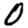
Digit: 0